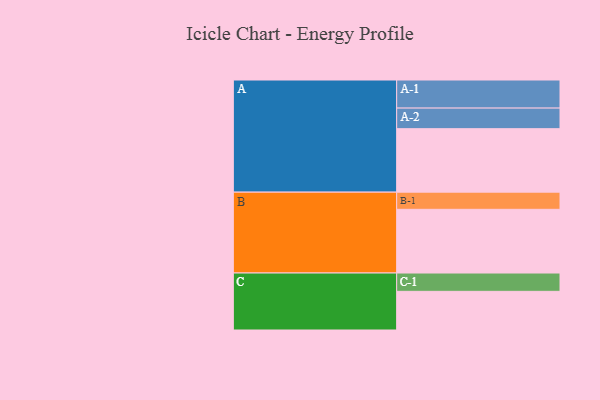
{"axis": {"x": "Segment", "y": "Value"}, "legend": ["", "A", "B", "C"], "data": [{"x": "A", "y": 558, "type": ""}, {"x": "B", "y": 560, "type": ""}, {"x": "C", "y": 340, "type": ""}, {"x": "A-1", "y": 247, "type": "A"}, {"x": "A-2", "y": 181, "type": "A"}, {"x": "B-1", "y": 151, "type": "B"}, {"x": "C-1", "y": 161, "type": "C"}]}